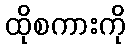
ထိုစကားကို